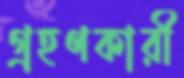
গ্রহণকারী